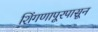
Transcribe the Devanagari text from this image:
शिंगणापूरपासून